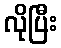
လိုပြီး